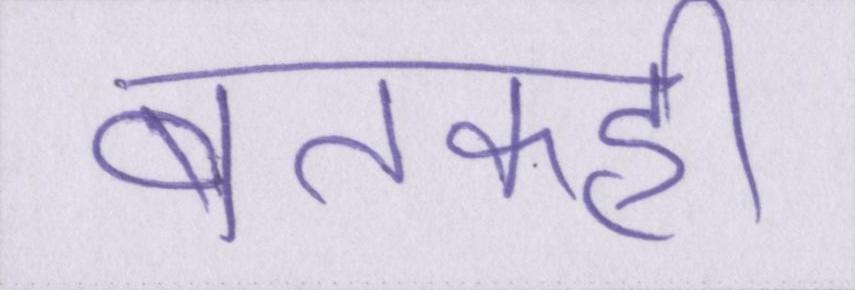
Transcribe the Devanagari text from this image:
बतकही